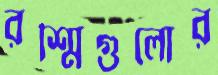
রশ্মিগুলোর